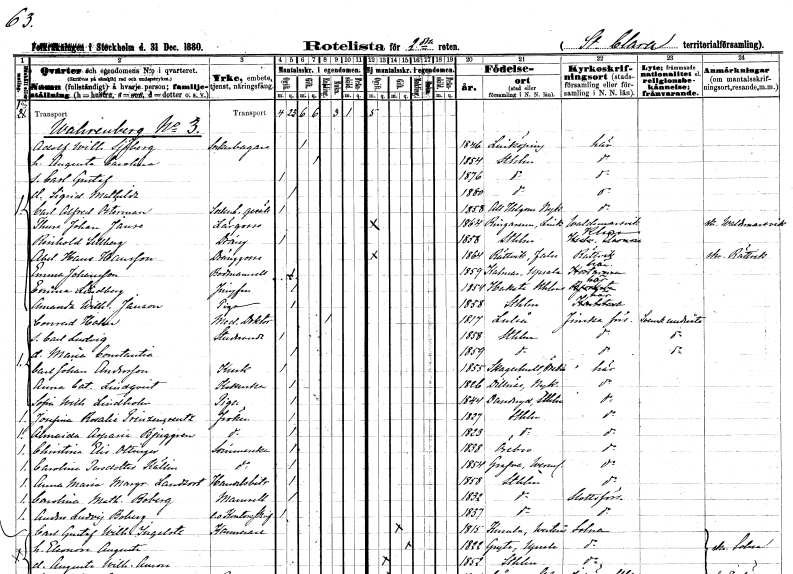
gt_parse: households: individuals: FN: Adolf William
EN: Sjöberg
YRKE: Sockerbagare
KON: M
CIV: G
FODAR: 1846
FODFORS: Linköping Östergötlands län
FN: Augusta Carolina
KON: K
CIV: G
FODAR: 1854
FODFORS: Stockholm
FN: Carl Gustaf
KON: M
CIV: O
FODAR: 1876
FODFORS: Stockholm
FN: Sigrid Mathilda
KON: K
CIV: O
FODAR: 1880
FODFORS: Stockholm
FN: Carl Alfred
EN: Österman
YRKE: Sockerbagaregesäll
KON: M
CIV: O
FODAR: 1858
FODFORS: Allhelgona Östergötlands län
FN: Thure Johan
EN: Janse
YRKE: Lärgosse
KON: M
CIV: O
FODAR: 1864
FODFORS: Ringarum Östergötlands län
FN: Reinhold
EN: Sellberg
YRKE: Dräng
KON: M
CIV: O
FODAR: 1858
FODFORS: Stockholm
FN: Abel Hans
EN: Hansson
YRKE: Dränggosse
KON: M
CIV: O
FODAR: 1864
FODFORS: Rättvik Kopparbergs län
FN: Emma
EN: Johansson
YRKE: Bodmamsell
KON: K
CIV: O
FODAR: 1859
FODFORS: Kalmar Uppsala län
FN: Emma
EN: Lindberg
YRKE: Jungfru
KON: K
CIV: O
FODAR: 1854
FODFORS: Hacksta Uppsala län
FN: Amanda Wilhelmina
EN: Jansson
YRKE: Piga
KON: K
CIV: O
FODAR: 1858
FODFORS: Stockholm
FN: Conrad
EN: Hahn
YRKE: Medicine doktor
KON: M
CIV: E
FODAR: 1817
FODFORS: Luleå Norrbottens län
FN: Carl Ludvig
YRKE: Studerande
KON: M
CIV: O
FODAR: 1858
FODFORS: Stockholm
FN: Maria Constantia
KON: K
CIV: O
FODAR: 1859
FODFORS: Stockholm
FN: Carl Johan
EN: Andersson
YRKE: Kusk
KON: M
CIV: O
FODAR: 1855
FODFORS: Skagershult Örebro län
FN: Anna Catarina
EN: Lindqvist
YRKE: Kokerska
KON: K
CIV: O
FODAR: 1826
FODFORS: Dillnäs Södermanlands län
FN: Sofia Wilhelmina
EN: Lindholm
YRKE: Piga
KON: K
CIV: O
FODAR: 1844
FODFORS: Danderyd Stockholms län
FN: Josefina Rosalie
EN: Prinzencreutz
KON: K
CIV: O
FODAR: 1827
FODFORS: Stockholm
FN: Almaida Aspasia
EN: Bjuggren
KON: K
CIV: O
FODAR: 1823
FODFORS: Stockholm
FN: Christina Elisabet
EN: Ottinger
YRKE: Sömmerska
KON: K
CIV: O
FODAR: 1838
FODFORS: Örebro Örebro län
FN: Carolina
EN: Persdotter Källin
YRKE: Sömmerska
KON: K
CIV: O
FODAR: 1854
FODFORS: Grava Värmlands län
FN: Anna Maria Margareta
EN: Landsort
YRKE: Handelsbiträde
KON: K
CIV: O
FODAR: 1858
FODFORS: Stockholm
FN: Carolina Mathilda
EN: Boberg
KON: K
CIV: O
FODAR: 1832
FODFORS: Stockholm
FN: Anders Ludvig
EN: Boberg
YRKE: Kontorsskrivare e.o.
KON: M
CIV: O
FODAR: 1837
FODFORS: Stockholm